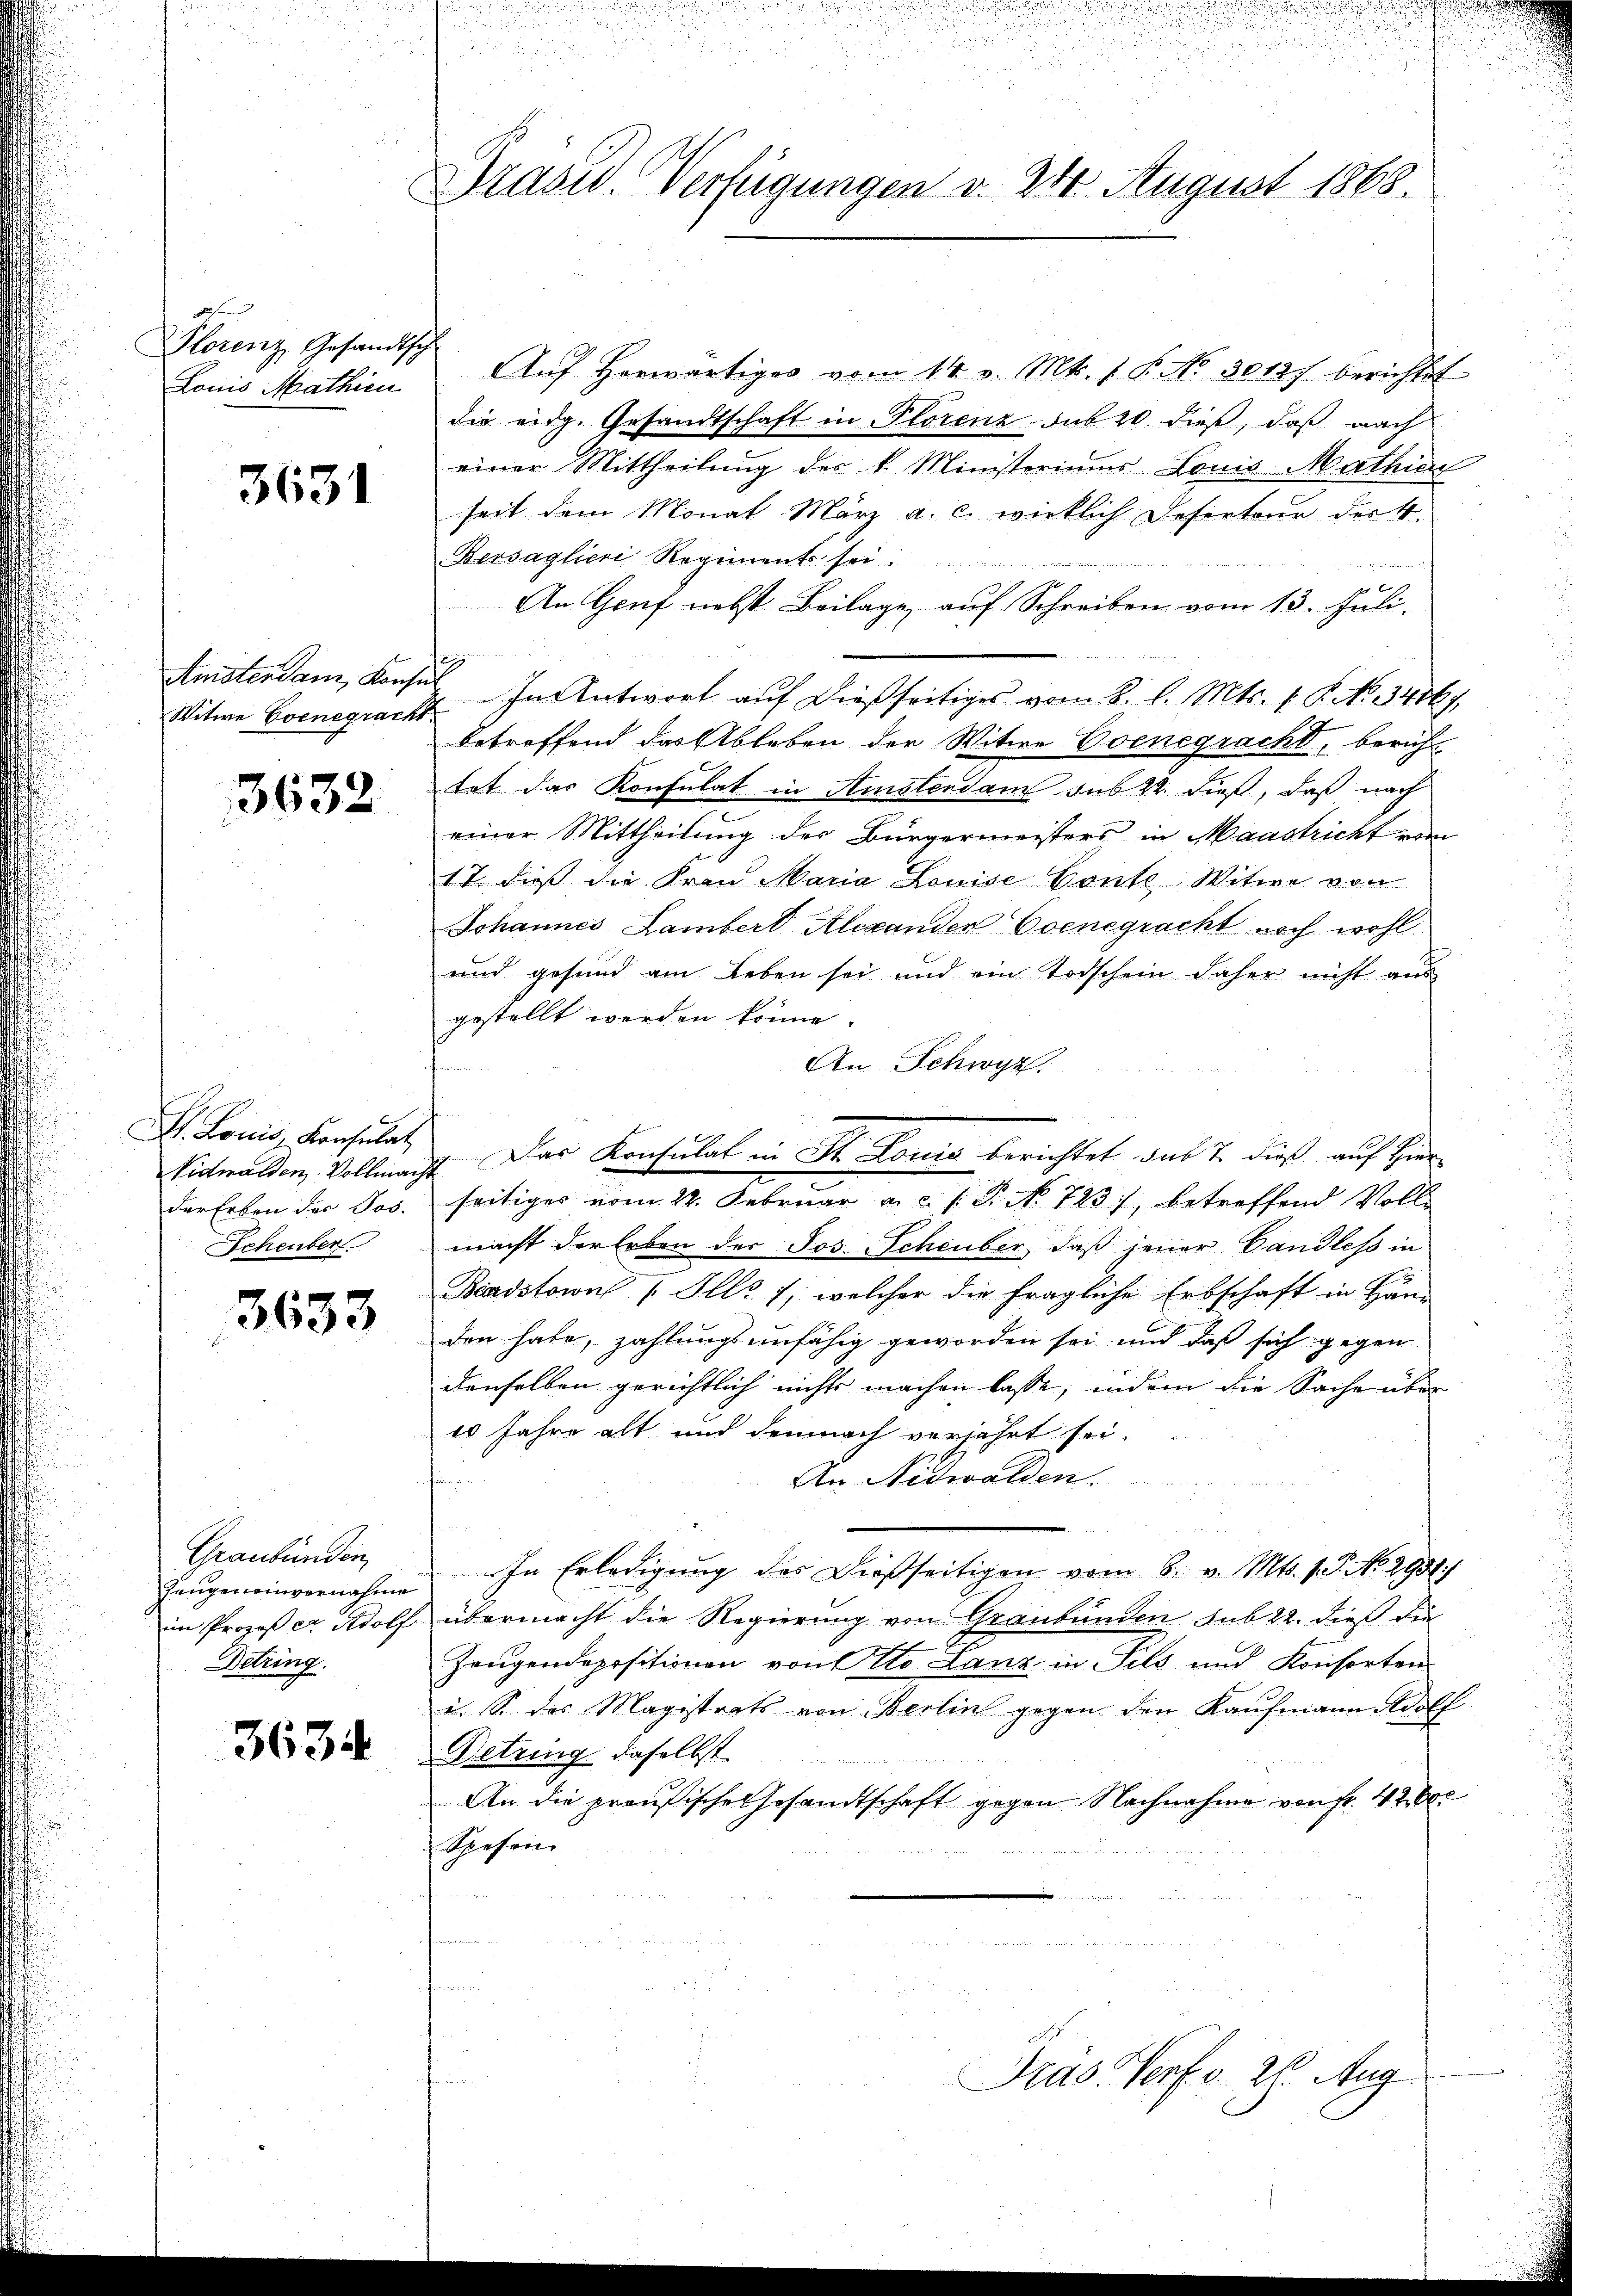
Florenz Gesandtsch
Louis Mathien

3631

Anistersam, Konse
Witwe Eoenegracht.

3632

M. Louis Konsulat
der Erben der Jos.
Scheuber

3633

Graubünden,
Zeugen einvernahme
im Prozeß er Adolf
Detring

3634

Brasid. Verfügungen v. 24. August 1868.

Aŭf Horwärtiges vom 14. v. Mts. 1 P. No 3010f berichtet
die eidg. Gesandtschaft in Plorenz-Sub 20. dieß, daß nach
einer Mittheilung des k. Ministeriums Louis-Mathin
seit dem Monat März a. c. wirklich Deserteur der 4.
Bersaglicri Regiments sei.
An Genf nebst Beilage auf Schreiben vom 13. Juli.
Rath in
2. In Antwort auf dießseitiges vom 2. l. Mts. 1. P. No. 3486/
betreffend das Ableben der Witwe Evenegracht, berichtet das Konsulat in Amstendam sub 22. dieß, daß nach
einer Mittheilung der Bürgermeisters in Maastricht vom
17. dieß die Frau Maria Louise Conte Witwe von
Johannes Lambert Alexanden Evenegracht noch wohl
und gesund am Leben sei und ein Todschein daher nicht aus
gestellt werden könne.
An Schwyz.
Virtwalden, Vollmacht. Das Konsulat in St. Louis berichtet das 7. dieß auf Hierseitiges vom 22. Februar a.c. s. S. Nr. 723, betreffend Voll-
macht der Erben der Jos. Scheuber, daß jener Gandles in
Beadstown Ill. 1, welcher die fragliche Erbschaft in Hän-
den habe, zahlungsunfähig geworden sei und daß sich gegen
denselben gerichtlich nichts machen lasse, indem die Sache über
10 Jahre alt und demnach verjährt sei.
An Nidwalden.
In Erledigung des Dießseitigen vom 8. v. Mts. 1. No. 2951.)
übermacht die Regierung von Graubünden sub 22. dieß die
Zeugendepositionen von No. Lanz in Pils und Konsorten
u. So das Magistrats von Berlin gegen den Kaufmann Adolf
Betring, daselbst
An die preußische Gesandtschaft gegen Nachnahme von Fr. 42 000
Spesen.

Pras. Torf v. 26. Aug.